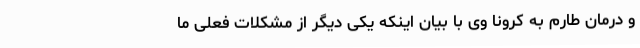
و درمان طارم به کرونا وی با بیان اینکه یکی دیگر از مشکلات فعلی ما